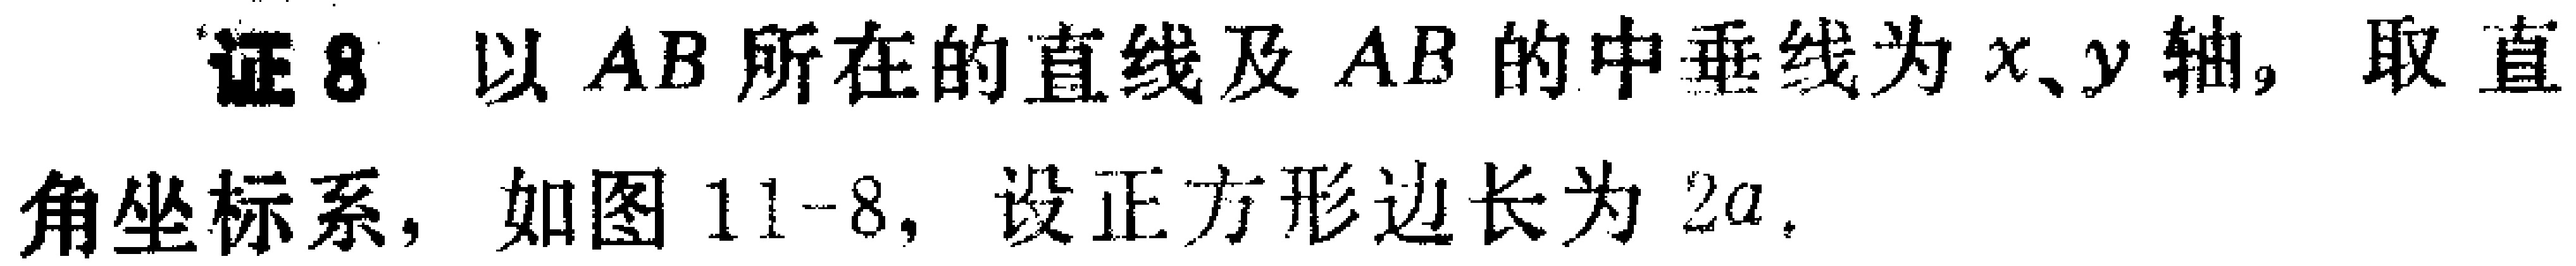
证8 以 \(AB\) 所在的直线及 \(AB\) 的中垂线为 \(x、y\) 轴，取直角坐标系，如图 \(11 - 8\)，设正方形边长为 \(2a\).